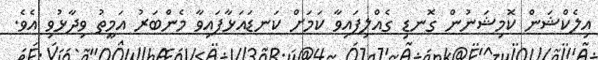
އިލެކްޝަން ކޮމިޝަނުން ގޮނޑި ގެއްލިފައިވާ ކަމަށް ކަނޑައަޅާފައިވާ މެންބަރު އަމީތު ވިދާޅުވި އެވެ.